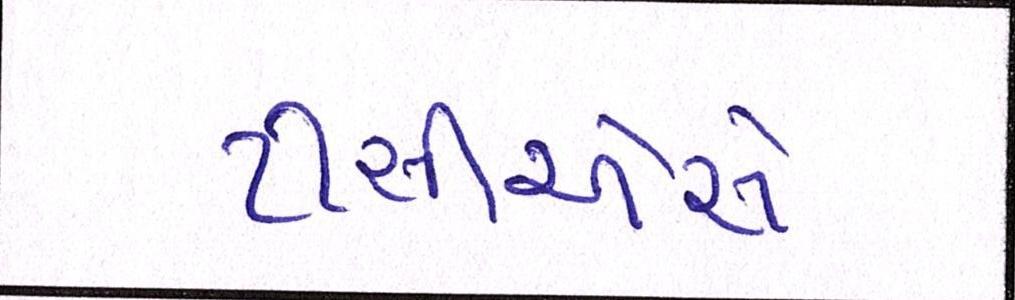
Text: ટીસીએસે